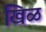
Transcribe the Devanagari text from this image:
खिळ